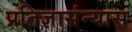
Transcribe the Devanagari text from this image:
प्रतिज्ञासंन्यास